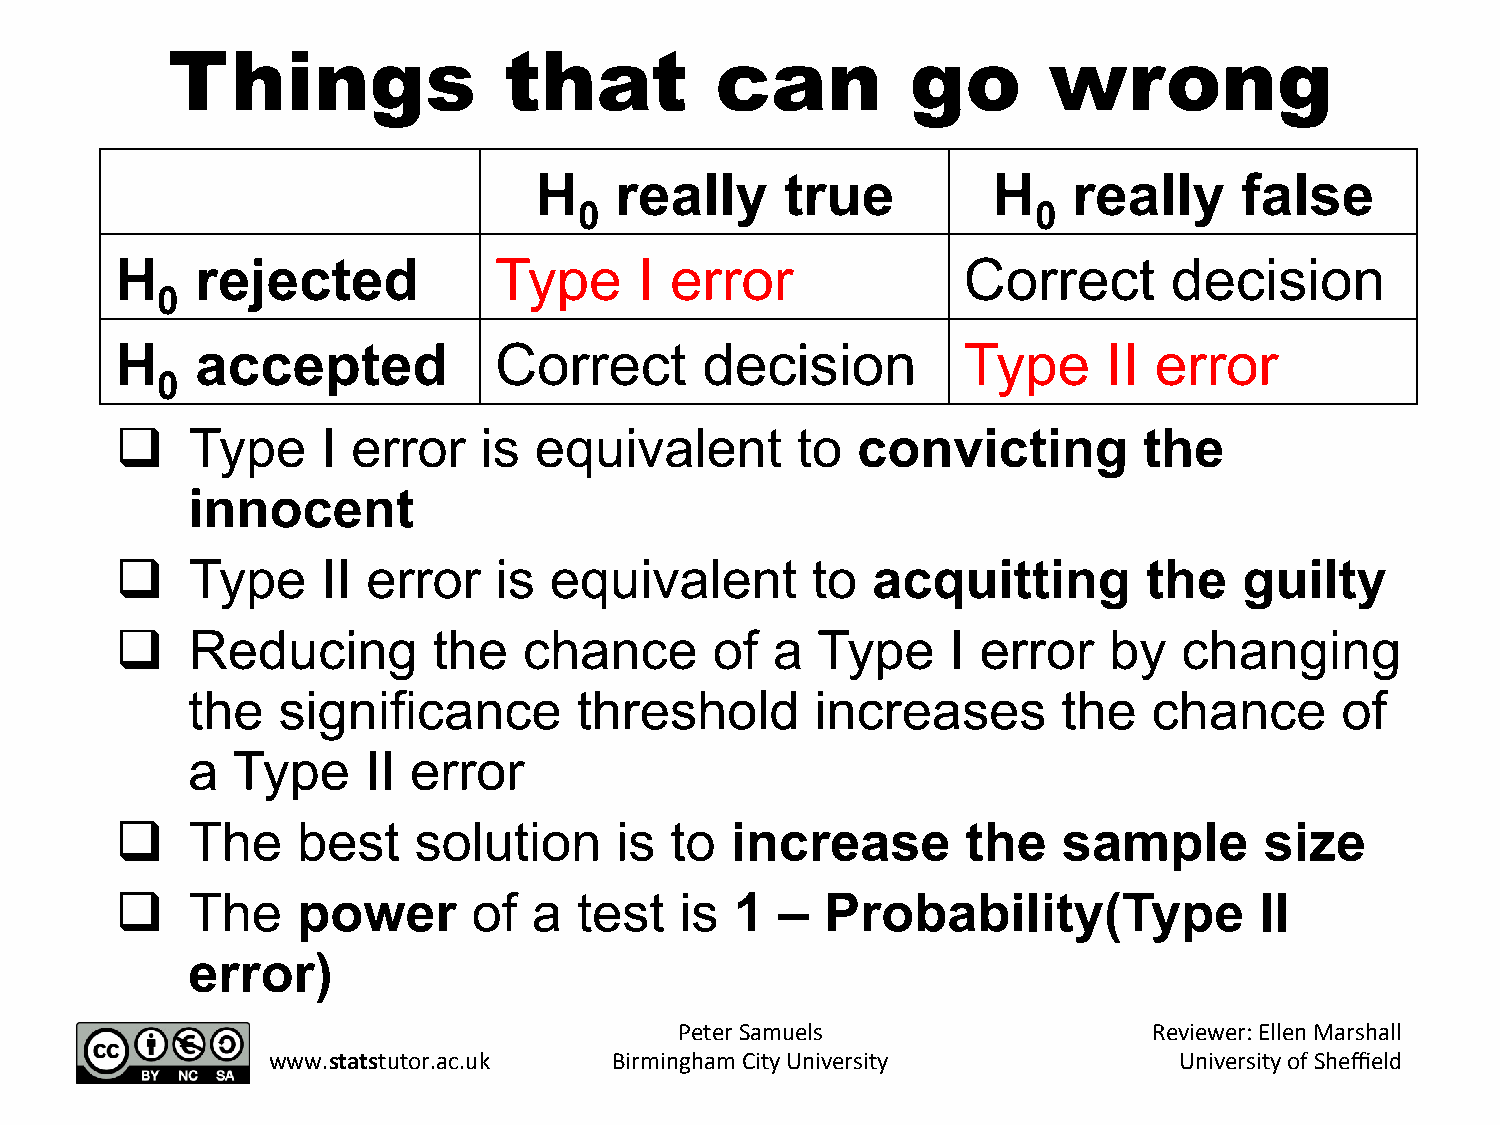
Things                that          can          go       wrong
 H     really     true          H    really     false
 0                              0
 H    rejected            Type     I error               Correct       decision
 0
 H    accepted            Correct       decision         Type     II error
 0
 q  Type     I error    is equivalent        to  convicting         the
 innocent
 q  Type     II error    is equivalent        to  acquitting        the   guilty
 q  Reducing         the   chance      of  a  Type     I error   by   changing
 the   significance        threshold       increases       the   chance       of
 a  Type     II error
 q  The     best   solution      is to  increase        the   sample        size
 q  The     power      of  a  test   is  1  –  Probability(Type            II
 error)
 Peter Samuels                  Reviewer: Ellen Marshall
 www.statstutor.ac.uk   Birmingham City University           University of Sheffield